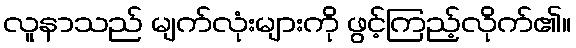
လူနာသည် မျက်လုံးများကို ဖွင့်ကြည့်လိုက်၏။